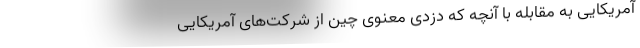
آمریکایی به مقابله با آنچه که دزدی معنوی چین از شرکت‌های آمریکایی